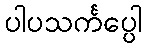
ပါပသင်္ကပ္ပေါ